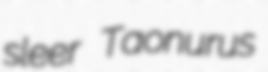
sleer Taonurus